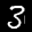
Label: 3